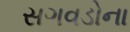
સગવડોના